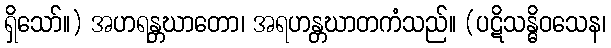
ရှိသော်။) အဟရန္တဃာတော၊ အရဟန္တဃာတကံသည်။ (ပဋိသန္ဓိဝသေန၊